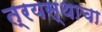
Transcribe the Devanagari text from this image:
त्रयस्थाचा